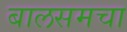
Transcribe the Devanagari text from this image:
बालसमचा